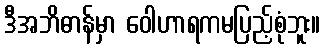
ဒီအဘိဓာန်မှာ ဝေါဟာရကမပြည့်စုံဘူး။